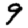
Digit: 9